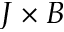
J \times B